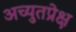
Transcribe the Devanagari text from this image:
अच्युतप्रेक्ष